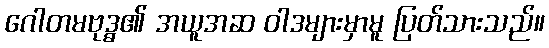
ဂေါတမဗုဒ္ဓ၏ အယူအဆ ဝါဒများမှာမူ ပြတ်သားသည်။